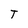
Character: T